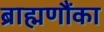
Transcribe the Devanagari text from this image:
ब्राह्मणौंका